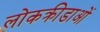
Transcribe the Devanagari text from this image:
लोकक्रीडाओं